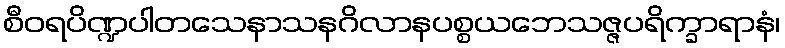
စီဝရပိဏ္ဍပါတသေနာသနဂိလာနပစ္စယဘေသဇ္ဇပရိက္ခာရာနံ၊